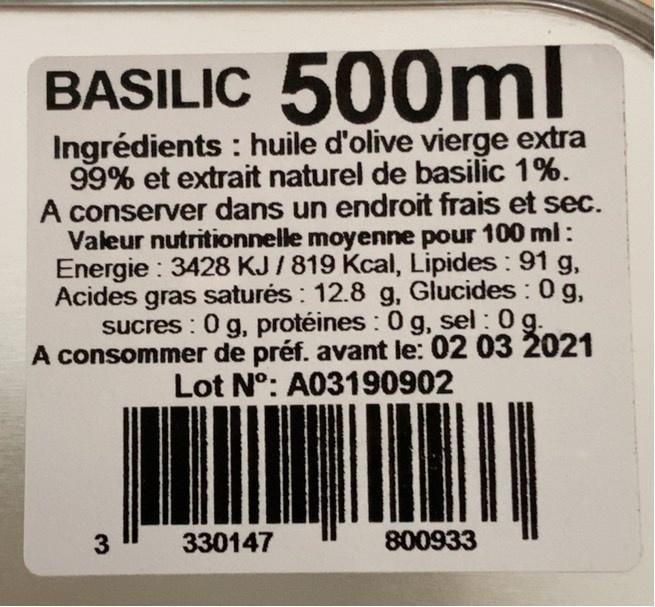
BASILIC 500ml
Ingrédients : huile d'olive vierge extra 99% et extrait naturel de basilic 1%. A conserver dans un endroit frais et sec. Valeur nutritionnelle moyenne pour 100 ml: Energie : 3428 KJ/819 Kcal, Lipides : 91 g, Acides gras saturés : 12.8 g, Glucides : 0 g, sucres : 0 g, protéines : 0 g, sel : 0 g. A consommer de préf. avant le: 02 03 2021 Lot N°: A03190902
3
330147
800933